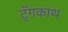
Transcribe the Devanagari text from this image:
ट्रॅगकांथ